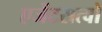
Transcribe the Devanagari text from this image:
एजेंटसत्वो